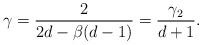
LaTeX: \begin{align*}\gamma=\frac{2}{2d-\beta (d-1)}=\frac{\gamma_2}{d+1}.\end{align*}